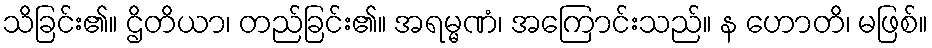
သိခြင်း၏။ ဌိတိယာ၊ တည်ခြင်း၏။ အရမ္မဏံ၊ အကြောင်းသည်။ န ဟောတိ၊ မဖြစ်။